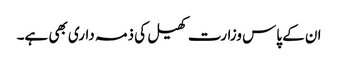
ان کے پاس وزارت کھیل کی ذمہ داری بھی ہے۔